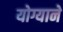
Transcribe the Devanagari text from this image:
योग्याने